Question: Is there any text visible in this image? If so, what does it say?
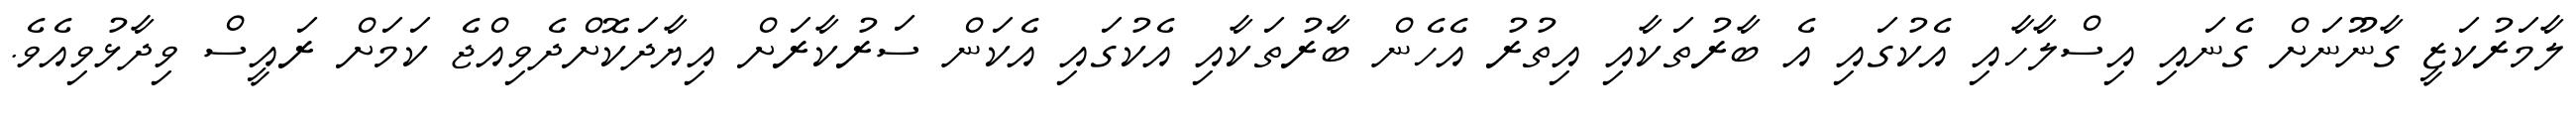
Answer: ލާމަރުކަޒީ ގާނޫނަށް ގެނައި އިސްލާހާއި އެކުގައި އެ ބާރުތަކާއި އިތުރު އެހެން ބާރުތަކާއި އެކުގައި އެކަން ސަރުކާރަށް އިޔާދަކޮށްދެވިއްޖެ ކަމަށް ރައީސް ވިދާޅުވިއެވެ.